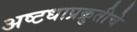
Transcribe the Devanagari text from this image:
अष्टधाप्रक्रुतीचे